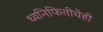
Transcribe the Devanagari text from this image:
ध्वनिफितीचेही